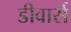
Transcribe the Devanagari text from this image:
डीवार्स